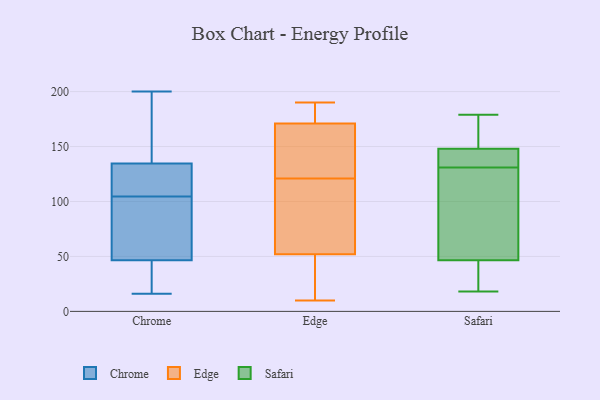
{"axis": {"x": "Revenue (USD Million)", "y": "Value"}, "legend": ["Chrome", "Edge", "Safari"], "data": [{"x": "", "y": 43, "type": "Chrome"}, {"x": "", "y": 200, "type": "Chrome"}, {"x": "", "y": 106, "type": "Chrome"}, {"x": "", "y": 50, "type": "Chrome"}, {"x": "", "y": 134, "type": "Chrome"}, {"x": "", "y": 23, "type": "Chrome"}, {"x": "", "y": 103, "type": "Chrome"}, {"x": "", "y": 135, "type": "Chrome"}, {"x": "", "y": 57, "type": "Chrome"}, {"x": "", "y": 126, "type": "Chrome"}, {"x": "", "y": 159, "type": "Chrome"}, {"x": "", "y": 16, "type": "Chrome"}, {"x": "", "y": 94, "type": "Edge"}, {"x": "", "y": 92, "type": "Edge"}, {"x": "", "y": 167, "type": "Edge"}, {"x": "", "y": 10, "type": "Edge"}, {"x": "", "y": 171, "type": "Edge"}, {"x": "", "y": 180, "type": "Edge"}, {"x": "", "y": 190, "type": "Edge"}, {"x": "", "y": 178, "type": "Edge"}, {"x": "", "y": 52, "type": "Edge"}, {"x": "", "y": 97, "type": "Edge"}, {"x": "", "y": 145, "type": "Edge"}, {"x": "", "y": 170, "type": "Edge"}, {"x": "", "y": 38, "type": "Edge"}, {"x": "", "y": 18, "type": "Edge"}, {"x": "", "y": 30, "type": "Safari"}, {"x": "", "y": 65, "type": "Safari"}, {"x": "", "y": 39, "type": "Safari"}, {"x": "", "y": 179, "type": "Safari"}, {"x": "", "y": 18, "type": "Safari"}, {"x": "", "y": 155, "type": "Safari"}, {"x": "", "y": 130, "type": "Safari"}, {"x": "", "y": 147, "type": "Safari"}, {"x": "", "y": 147, "type": "Safari"}, {"x": "", "y": 151, "type": "Safari"}, {"x": "", "y": 173, "type": "Safari"}, {"x": "", "y": 49, "type": "Safari"}, {"x": "", "y": 131, "type": "Safari"}, {"x": "", "y": 20, "type": "Safari"}, {"x": "", "y": 94, "type": "Safari"}, {"x": "", "y": 134, "type": "Safari"}, {"x": "", "y": 135, "type": "Safari"}]}